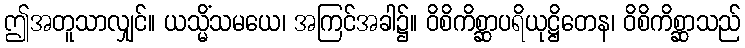
ဤအတူသာလျှင်။ ယသ္မိံသမယေ၊ အကြင်အခါ၌။ ဝိစိကိစ္ဆာပရိယုဋ္ဌိတေန၊ ဝိစိကိစ္ဆာသည်